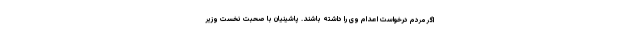
اگر مردم درخواست اعدام وی را داشته باشند. پاشینیان با صحبت نخست وزیر